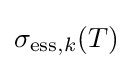
\sigma _{\mathrm {ess} ,k}(T)